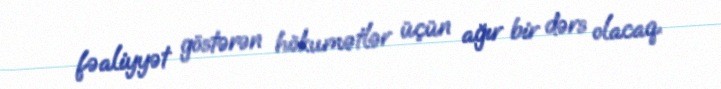
fəaliyyət göstərən hökumətlər üçün ağır bir dərs olacaq.